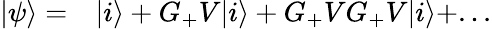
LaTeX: \begin{array}{rl}{|\psi\rangle=}&{{}|i\rangle+G_{+}V|i\rangle+G_{+}VG_{+}V|i\rangle+...}\end{array}